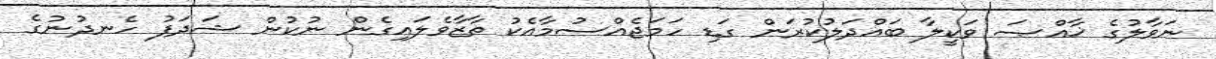
ނަވާލުގެ ޚާއްޞަ ވަކީލާ ބައްދަލުކުރަން ގަޑި ހަމަޖެއްސުމާއެކު ތާޒާވެލައިގެން ނުކުން ޝަދަފު ހެނދުނުގެ